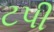
ટપી